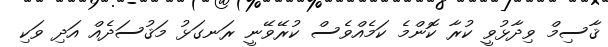
ޤާސިމް ވިދާޅުވީ ކުރާ ކޮންމެ ކަމެއްވެސް ކުރޭވޭނީ ރަނގަޅު މަޤުސަދެއް އަދި ވަކި